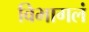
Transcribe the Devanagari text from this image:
विभागलं